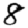
Digit: 8